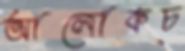
আলোকচ্